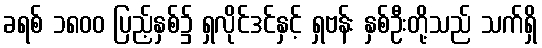
ခရစ် ၁၈၀၀ ပြည့်နှစ်၌ ရှလိုင်ဒင်နှင့် ရှဗန်း နှစ်ဦးတို့သည် သက်ရှိ